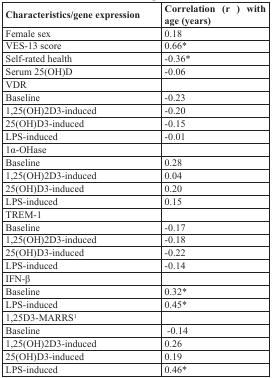
<table><thead><tr><td><b>Characteristics/gene expression</b></td><td><b>Correlation (r) with age (years)</b></td></tr></thead><tbody><tr><td>Female sex</td><td>0.18</td></tr><tr><td>VES-13 score</td><td>0.66*</td></tr><tr><td>Self-rated health</td><td>−0.36*</td></tr><tr><td>Serum 25(OH)D</td><td>−0.06</td></tr><tr><td>VDR</td><td></td></tr><tr><td>Baseline</td><td>−0.23</td></tr><tr><td>1,25(OH)2D3-induced</td><td>−0.20</td></tr><tr><td>25(OH)D3-induced</td><td>−0.15</td></tr><tr><td>LPS-induced</td><td>−0.01</td></tr><tr><td>1α-OHase</td><td></td></tr><tr><td>Baseline</td><td>0.28</td></tr><tr><td>1,25(OH)2D3-induced</td><td>0.04</td></tr><tr><td>25(OH)D3-induced</td><td>0.20</td></tr><tr><td>LPS-induced</td><td>0.15</td></tr><tr><td>TREM-1</td><td></td></tr><tr><td>Baseline</td><td>−0.17</td></tr><tr><td>1,25(OH)2D3-induced</td><td>−0.18</td></tr><tr><td>25(OH)D3-induced</td><td>−0.22</td></tr><tr><td>LPS-induced</td><td>−0.14</td></tr><tr><td>IFN-β</td><td></td></tr><tr><td>Baseline</td><td>0.32*</td></tr><tr><td>LPS-induced</td><td>0.45*</td></tr><tr><td>1,25D3-MARRS<sup>1</sup></td><td></td></tr><tr><td>Baseline</td><td>−0.14</td></tr><tr><td>1,25(OH)2D3-induced</td><td>0.26</td></tr><tr><td>25(OH)D3-induced</td><td>0.19</td></tr><tr><td>LPS-induced</td><td>0.46*</td></tr></tbody></table>